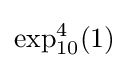
\exp _{10}^{4}(1)